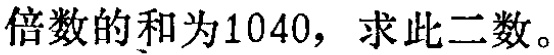
倍数的和为1040，求此二数。